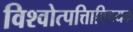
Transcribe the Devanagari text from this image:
विश्वोत्पत्तिाविषयक